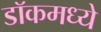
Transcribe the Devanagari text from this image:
डॉकमध्ये